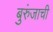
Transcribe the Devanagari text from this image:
बुरुंजाची